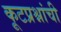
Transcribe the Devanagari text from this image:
कूटप्रश्नांची